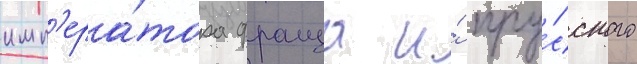
имп'ера́тора франца и́ пру́сского